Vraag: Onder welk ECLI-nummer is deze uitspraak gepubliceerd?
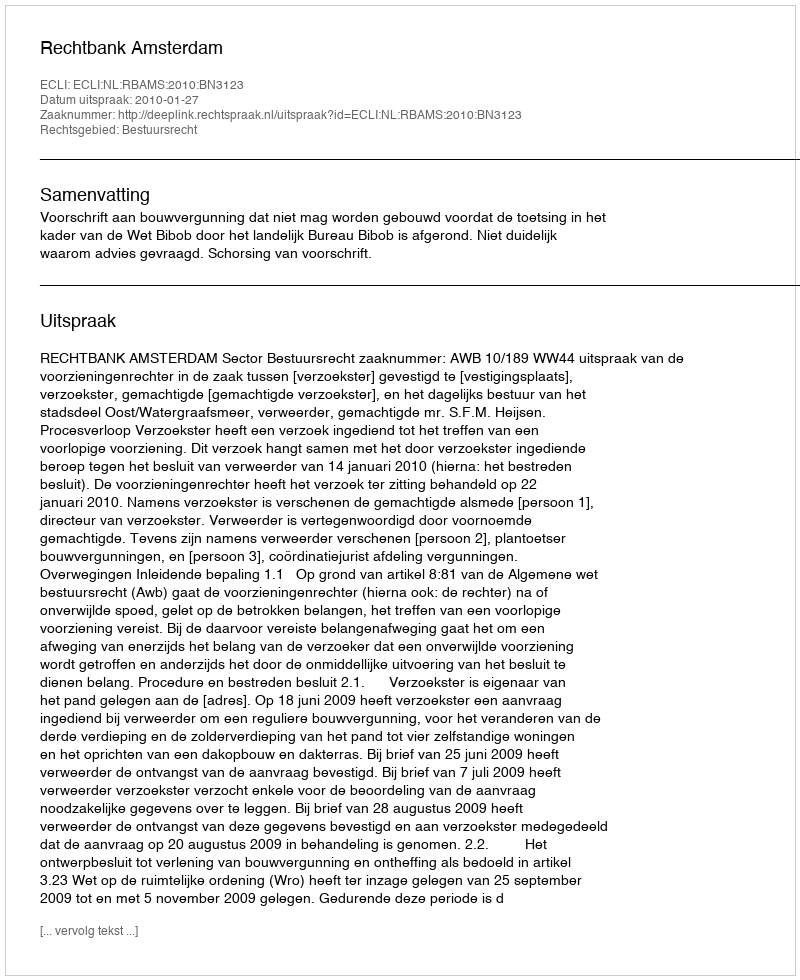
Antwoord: ECLI:NL:RBAMS:2010:BN3123